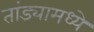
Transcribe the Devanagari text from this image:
तांड्यामध्ये